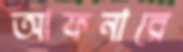
আফনারে